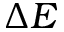
\Delta E